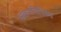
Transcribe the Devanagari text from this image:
अक्रमविनिमय